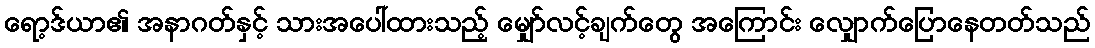
ရော့ဒ်ယာ၏ အနာဂတ်နှင့် သားအပေါ်ထားသည့် မျှော်လင့်ချက်တွေ အကြောင်း လျှောက်ပြောနေတတ်သည်